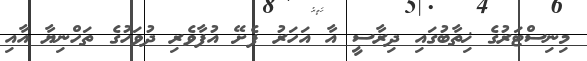
މިނިސްޓަރުގެ ޚިތާބުގައި ދިރާސީ އާ އަހަރު ފެށޭ އުފާވެރި ދުވަހުގެ ތަހްނިޔާ އާއި